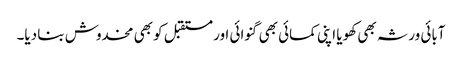
آبائی ورثہ بھی کھویا اپنی کمائی بھی گنوائی اور مستقبل کو بھی مخدوش بنا دیا۔